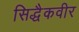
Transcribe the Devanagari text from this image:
सिद्धैकवीर